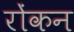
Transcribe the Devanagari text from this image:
रोंकन